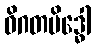
ဝိဂတမိဒ္ဓေါ